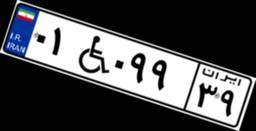
۹۴W۶۳۸۵۱